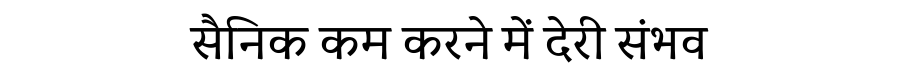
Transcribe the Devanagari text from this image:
सैनिक कम करने में देरी संभव